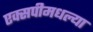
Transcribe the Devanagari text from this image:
एक्सपीमधल्या